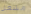
مشعل